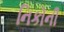
નિકોની